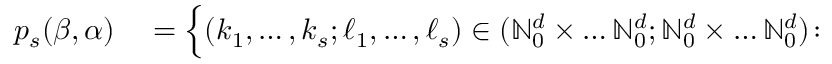
\begin{array} { r l } { p _ { s } ( { \boldsymbol { \beta } } , { \boldsymbol { \alpha } } ) } & { { } = \Big \{ ( { \boldsymbol { k } } _ { 1 } , \ldots , { \boldsymbol { k } } _ { s } ; { \boldsymbol { \ell } } _ { 1 } , \ldots , { \boldsymbol { \ell } } _ { s } ) \in ( \ensuremath { \mathbb { N } } _ { 0 } ^ { d } \times \ldots \ensuremath { \mathbb { N } } _ { 0 } ^ { d } ; \ensuremath { \mathbb { N } } _ { 0 } ^ { d } \times \ldots \ensuremath { \mathbb { N } } _ { 0 } ^ { d } ) \colon } \end{array}